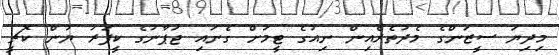
މިދިޔަ ސީޒަންގެ މެދުތެރެއިން ނިއުގެ ޓީމަށް ގެނައި ޖަޕާނުގެ ކީޕަރު ޔުން ކޮޗީ